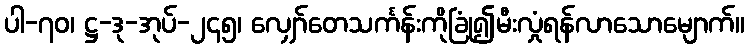
ပါ-၇၀၊ ဋ္ဌ-ဒု-အုပ်-၂၄၅၊ လျှော်တေသင်္ကန်းကိုခြုံ၍မီးလှုံရန်လာသောမျောက်။